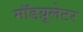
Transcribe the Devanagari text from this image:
मॉडय़ूलेटर